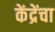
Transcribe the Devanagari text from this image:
केंद्रेंचा